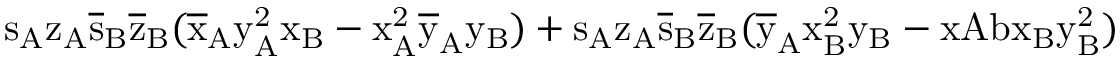
\mathrm { s _ { A } \mathrm { z _ { A } \mathrm { \overline { { s } } _ { B } \mathrm { \overline { { z } } _ { B } ( \mathrm { \overline { { x } } _ { A } \mathrm { y _ { A } ^ { 2 } \mathrm { x _ { B } - \mathrm { x _ { A } ^ { 2 } \mathrm { \overline { { y } } _ { A } \mathrm { y _ { B } ) + \mathrm { s _ { A } \mathrm { z _ { A } \mathrm { \overline { { s } } _ { B } \mathrm { \overline { { z } } _ { B } ( \mathrm { \overline { { y } } _ { A } \mathrm { x _ { B } ^ { 2 } \mathrm { y _ { B } - x A b \mathrm { x _ { B } \mathrm { y _ { B } ^ { 2 } ) } } } } } } } } } } } } } } } } } } }